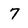
Character: 7